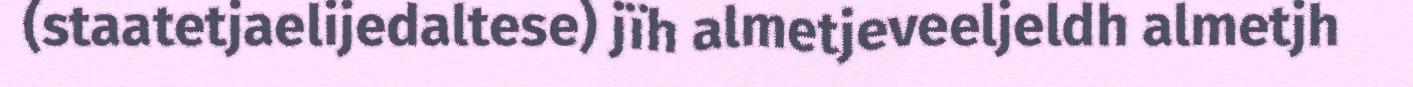
(staatetjaelijedaltese) jïh almetjeveeljeldh almetjh